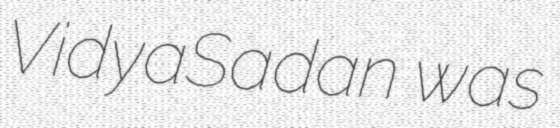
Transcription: VidyaSadan was